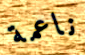
ناعمة